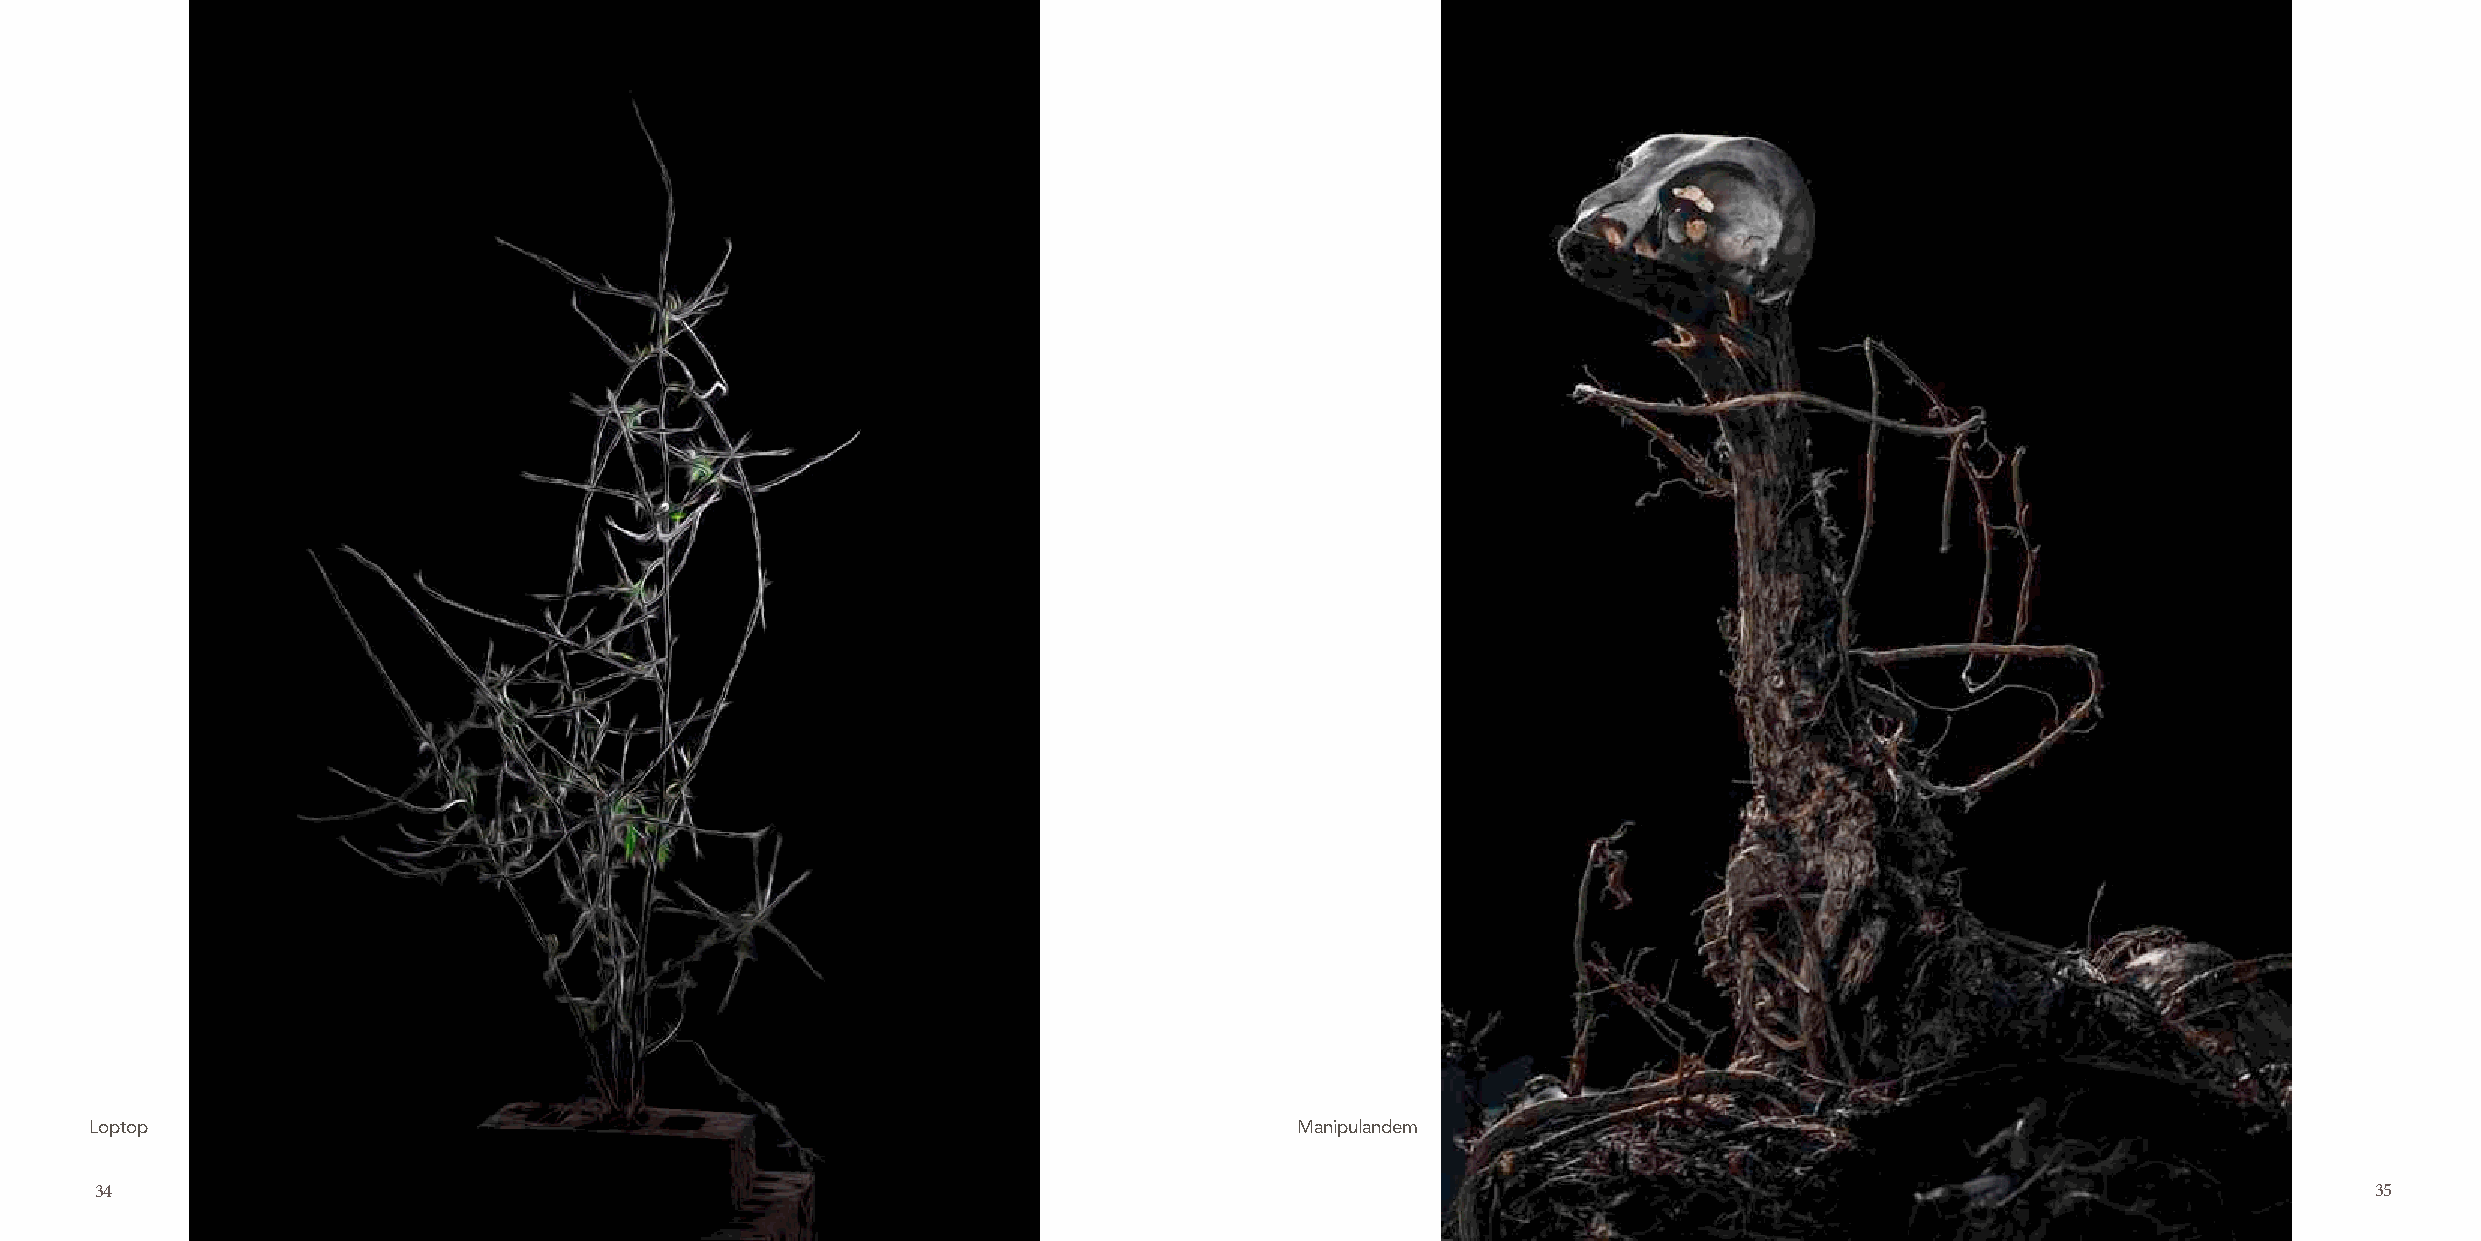
Loptop                                                                          Manipulandem
 34               RPS Contemporary Group Journal                                                                          Contemporary Photography      35